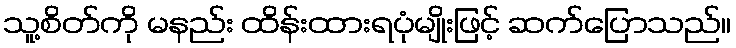
သူ့စိတ်ကို မနည်း ထိန်းထားရပုံမျိုးဖြင့် ဆက်ပြောသည်။